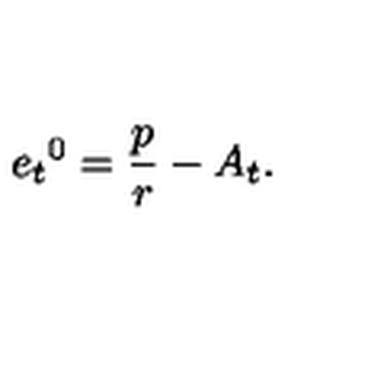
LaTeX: { e _ { t } } ^ { 0 } = \frac p r - A _ { t } .